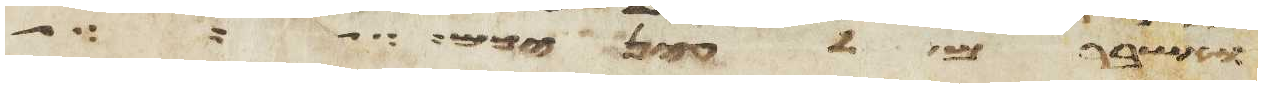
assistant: ואשברם לעיניכם